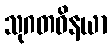
သုဂတဝိနယာ